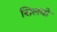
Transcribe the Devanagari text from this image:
सिलबो